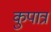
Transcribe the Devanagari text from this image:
कुपात्र